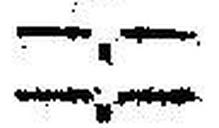
—.—